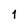
Character: 1